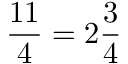
{ \frac { 1 1 } { 4 } } = 2 { \frac { 3 } { 4 } }